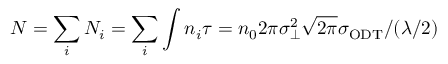
N = \sum _ { i } N _ { i } = \sum _ { i } \int n _ { i } \d \tau = n _ { 0 } 2 \pi \sigma _ { \perp } ^ { 2 } \sqrt { 2 \pi } \sigma _ { \mathrm { O D T } } / ( \lambda / 2 )